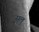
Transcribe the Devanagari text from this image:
सुलु